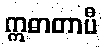
ဣဓာတာပီ